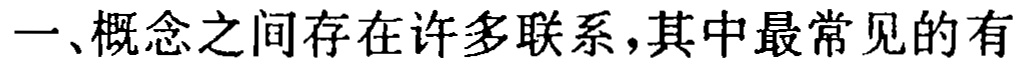
一、概念之间存在许多联系，其中最常见的有